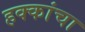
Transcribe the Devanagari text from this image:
हक्‍कांचा